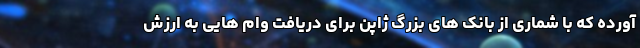
آورده که با شماری از بانک های بزرگ ژاپن برای دریافت وام هایی به ارزش